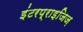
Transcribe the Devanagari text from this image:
इंटरप्राइजिज़